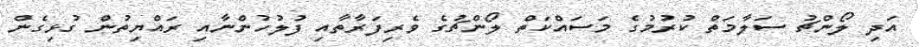
އަދި ލޯންޗު ސަލާމަތް ކުރުމުގެ މަސައްކަތް ލޯންޗުގެ ވެރިފަރާތާއި ފުލުހުންނާއި ރައްޔިތުން ގުޅިގެން